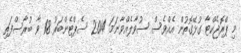
މި ޕްރޮޖެކްޓާ ގުޅޭގޮތުން އެއްވެސް ސުވާލެއްވާނަމަ 2014 ސެޕްޓެންބަރު 18 ވާ ބުރާސްފަތި